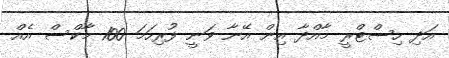
އަދި ހިސްޓްރީ މާއްދާ އިން އޭނާ ވަނީ ފުރިހަމަ 100 މާކްސް އެއް